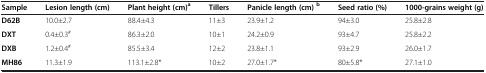
<table><thead><tr><td><b>Sample</b></td><td><b>Lesion length (cm)</b></td><td><b>Plant height (cm)<sup>a</sup></b></td><td><b>Tillers</b></td><td><b>Panicle length (cm)<sup>b</sup></b></td><td><b>Seed ratio (%)</b></td><td><b>1000-grains weight (g)</b></td></tr></thead><tbody><tr><td><b>D62B</b></td><td>10.0±2.7</td><td>88.4±4.3</td><td>11±3</td><td>23.9±1.2</td><td>94±3.0</td><td>25.8±2.8</td></tr><tr><td><b>DXT</b></td><td>0.4±0.3<sup>#</sup></td><td>86.3±2.0</td><td>10±1</td><td>24.2±0.9</td><td>93±4.7</td><td>25.8±2.2</td></tr><tr><td><b>DXB</b></td><td>1.2±0.4<sup>#</sup></td><td>85.5±3.4</td><td>12±2</td><td>23.8±1.1</td><td>93±2.9</td><td>26.0±1.7</td></tr><tr><td><b>MH86</b></td><td>11.3±1.9</td><td>113.1±2.8*</td><td>10±2</td><td>27.0±1.7*</td><td>80±5.8*</td><td>27.1±1.0</td></tr></tbody></table>